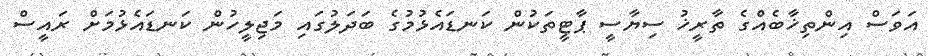
އަވަސް އިންތިޚާބެއްގެ ތާރީޚު ސިޔާސީ ޕާޓީތަކުން ކަނޑައެޅުމުގެ ބަދަލުގައި މަޖިލީހުން ކަނޑައެޅުމަށް ރައީސް